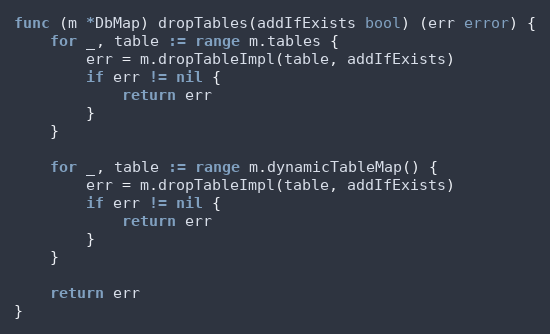
Language: Go
func (m *DbMap) dropTables(addIfExists bool) (err error) {
	for _, table := range m.tables {
		err = m.dropTableImpl(table, addIfExists)
		if err != nil {
			return err
		}
	}

	for _, table := range m.dynamicTableMap() {
		err = m.dropTableImpl(table, addIfExists)
		if err != nil {
			return err
		}
	}

	return err
}